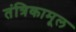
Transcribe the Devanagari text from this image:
तंत्रिकामूल